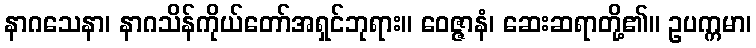
နာဂသေနာ၊ နာဂသိန်ကိုယ်တော်အရှင်ဘုရား။ ဝေဇ္ဇာနံ၊ ဆေးဆရာတို့၏။ ဥပက္ကမာ၊